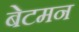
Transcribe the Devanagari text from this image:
बेटमन